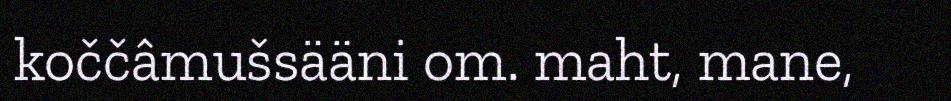
koččâmušsääni om. maht, mane,